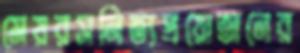
মেয়রসনিত্যপ্রয়োজনের